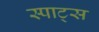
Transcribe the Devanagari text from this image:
स्पाट्स